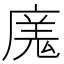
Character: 𭙬